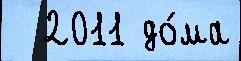
  2011 до́ма